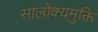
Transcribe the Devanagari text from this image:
सालोक्यमुक्ति